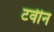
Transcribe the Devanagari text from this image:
टवीन